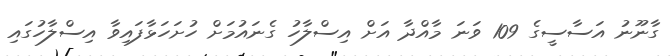
ގާނޫނު އަސާސީގެ 109 ވަނަ މާއްދާ އަށް އިސްލާހު ގެނައުމަށް ހުށަހަޅާފައިވާ އިސްލާހުގައި